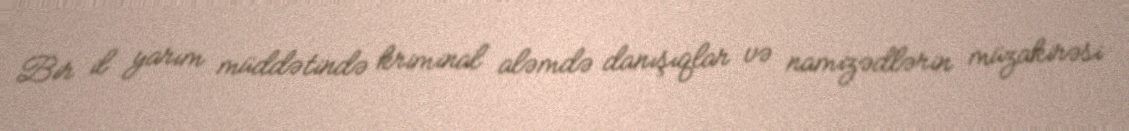
Bir il yarım müddətində kriminal aləmdə danışıqlar və namizədlərin müzakirəsi